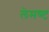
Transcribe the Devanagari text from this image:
लेमण्ट